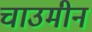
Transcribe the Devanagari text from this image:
चाउमीन